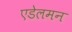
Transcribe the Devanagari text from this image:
एडेलमन